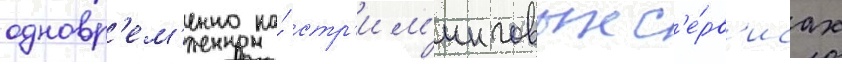
одновр'ем'енно на́ стр'им'инговых с'е́рв'исах